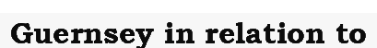
Guernsey in relation to